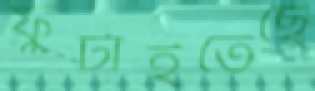
ফুটাইতেছে